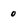
Character: 0